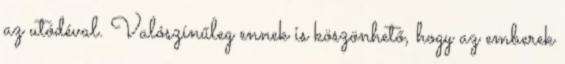
az utódéval. Valószínűleg ennek is köszönhető, hogy az emberek